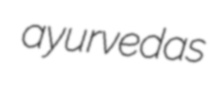
ayurvedas